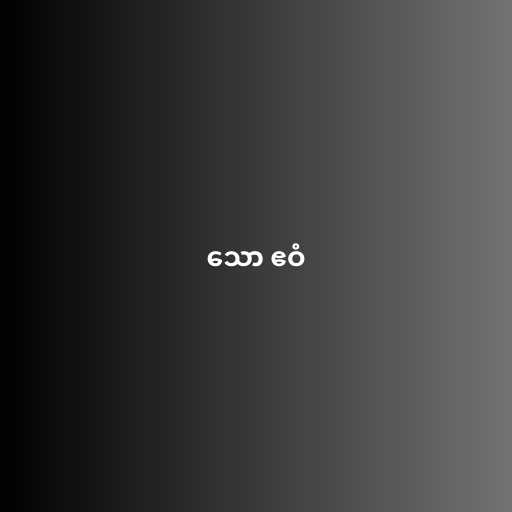
သော ဧဝံ